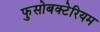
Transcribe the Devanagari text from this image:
फुसोबक्टेरियम